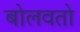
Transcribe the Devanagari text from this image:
बोलवतो